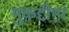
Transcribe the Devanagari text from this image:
मुक़द्दीमा